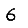
Digit: 6